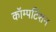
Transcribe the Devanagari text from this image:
कॉम्पटिशन